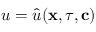
u = \hat { u } ( \mathbf { x } , \tau , \mathbf { c } )